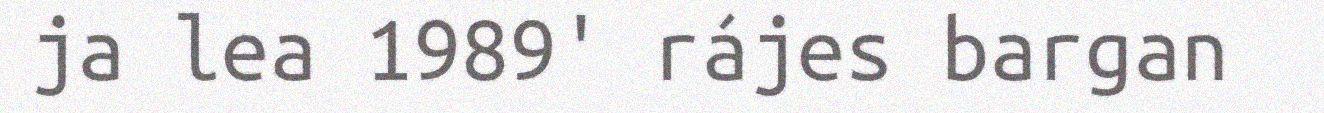
ja lea 1989' rájes bargan